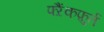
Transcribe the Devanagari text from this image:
फ्ऱैंकफ़ुर्त